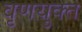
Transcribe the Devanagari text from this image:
वृणयुक्त